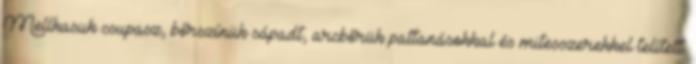
Mellkasuk csupasz, bőrszínük sápadt, arcbőrük pattanásokkal és mitesszerekkel telített.